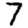
Digit: 7